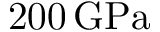
2 0 0 \, \mathrm { G P a }